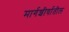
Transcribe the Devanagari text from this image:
मार्गशीर्षातील